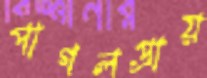
পাগলপ্রায়